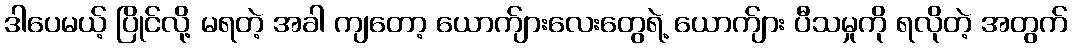
ဒါပေမယ့် ပြိုင်လို့ မရတဲ့ အခါ ကျတော့ ယောက်ျားလေးတွေရဲ့ ယောက်ျား ပီသမှုကို ရလိုတဲ့ အတွက်